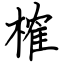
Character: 榷